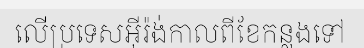
លើប្រទេសអ៊ីរ៉ង់កាលពីខែកន្លងទៅ